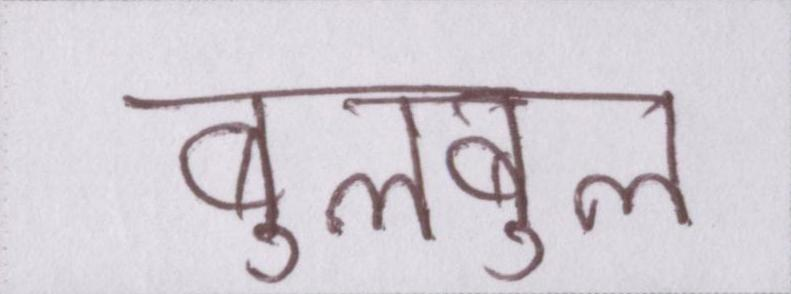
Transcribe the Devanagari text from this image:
बुलबुल